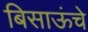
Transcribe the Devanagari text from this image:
बिसाऊंचे